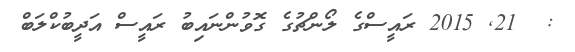
:  21